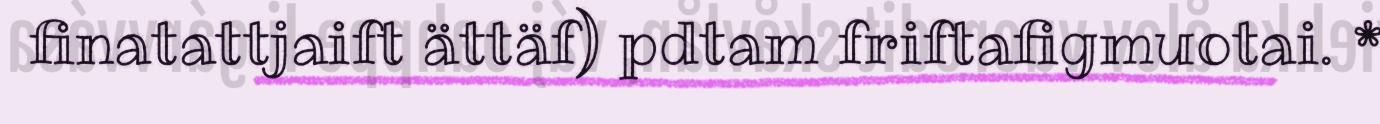
finatattjaift ättäf) pdtam friftafigmuotai. *